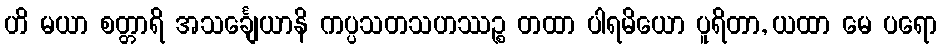
ဟိ မယာ စတ္တာရိ အသင်္ချေယာနိ ကပ္ပသတသဟဿဉ္စ တထာ ပါရမိယော ပူရိတာ, ယထာ မေ ပရော